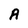
Character: A